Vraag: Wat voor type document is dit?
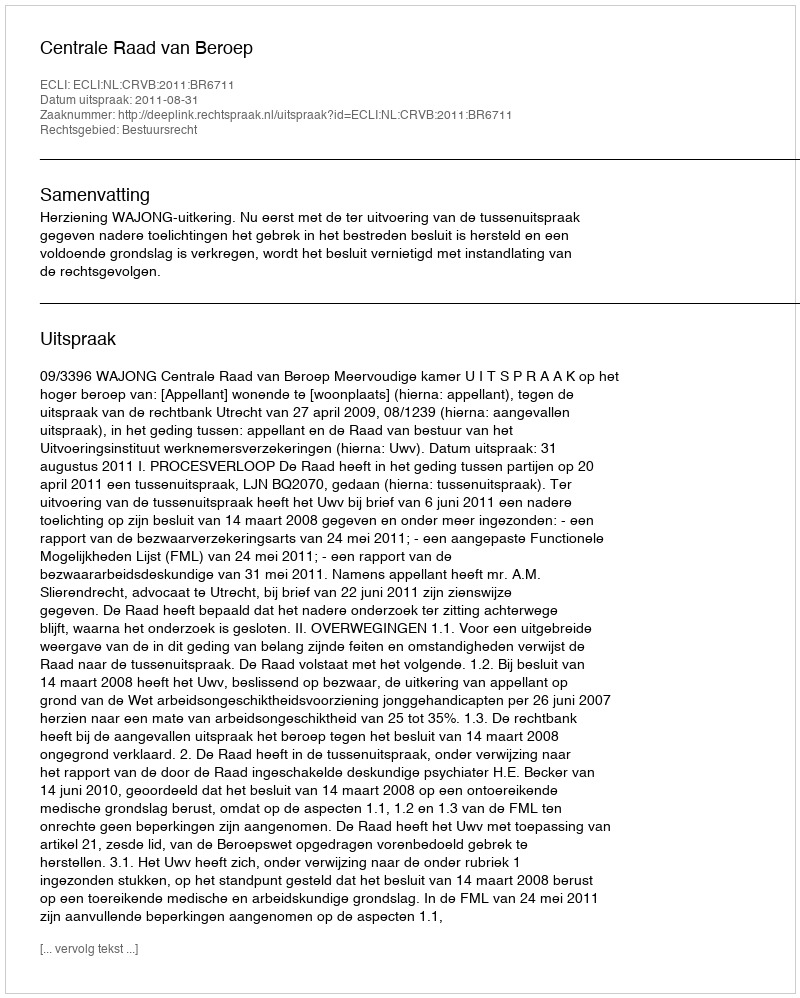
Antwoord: Uitspraak